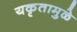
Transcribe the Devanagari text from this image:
यकृतामुळे